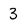
Character: 3